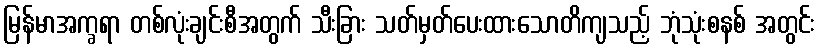
မြန်မာအက္ခရာ တစ်လုံးချင်းစီအတွက် သီးခြား သတ်မှတ်ပေးထားသောတိကျသည့် ဘုံသုံးစနစ် အတွင်း